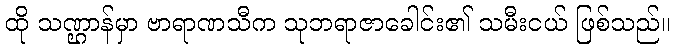
ထို သဏ္ဌာန်မှာ ဗာရာဏသီက သုဘရာဇာခေါင်း၏ သမီးငယ် ဖြစ်သည်။